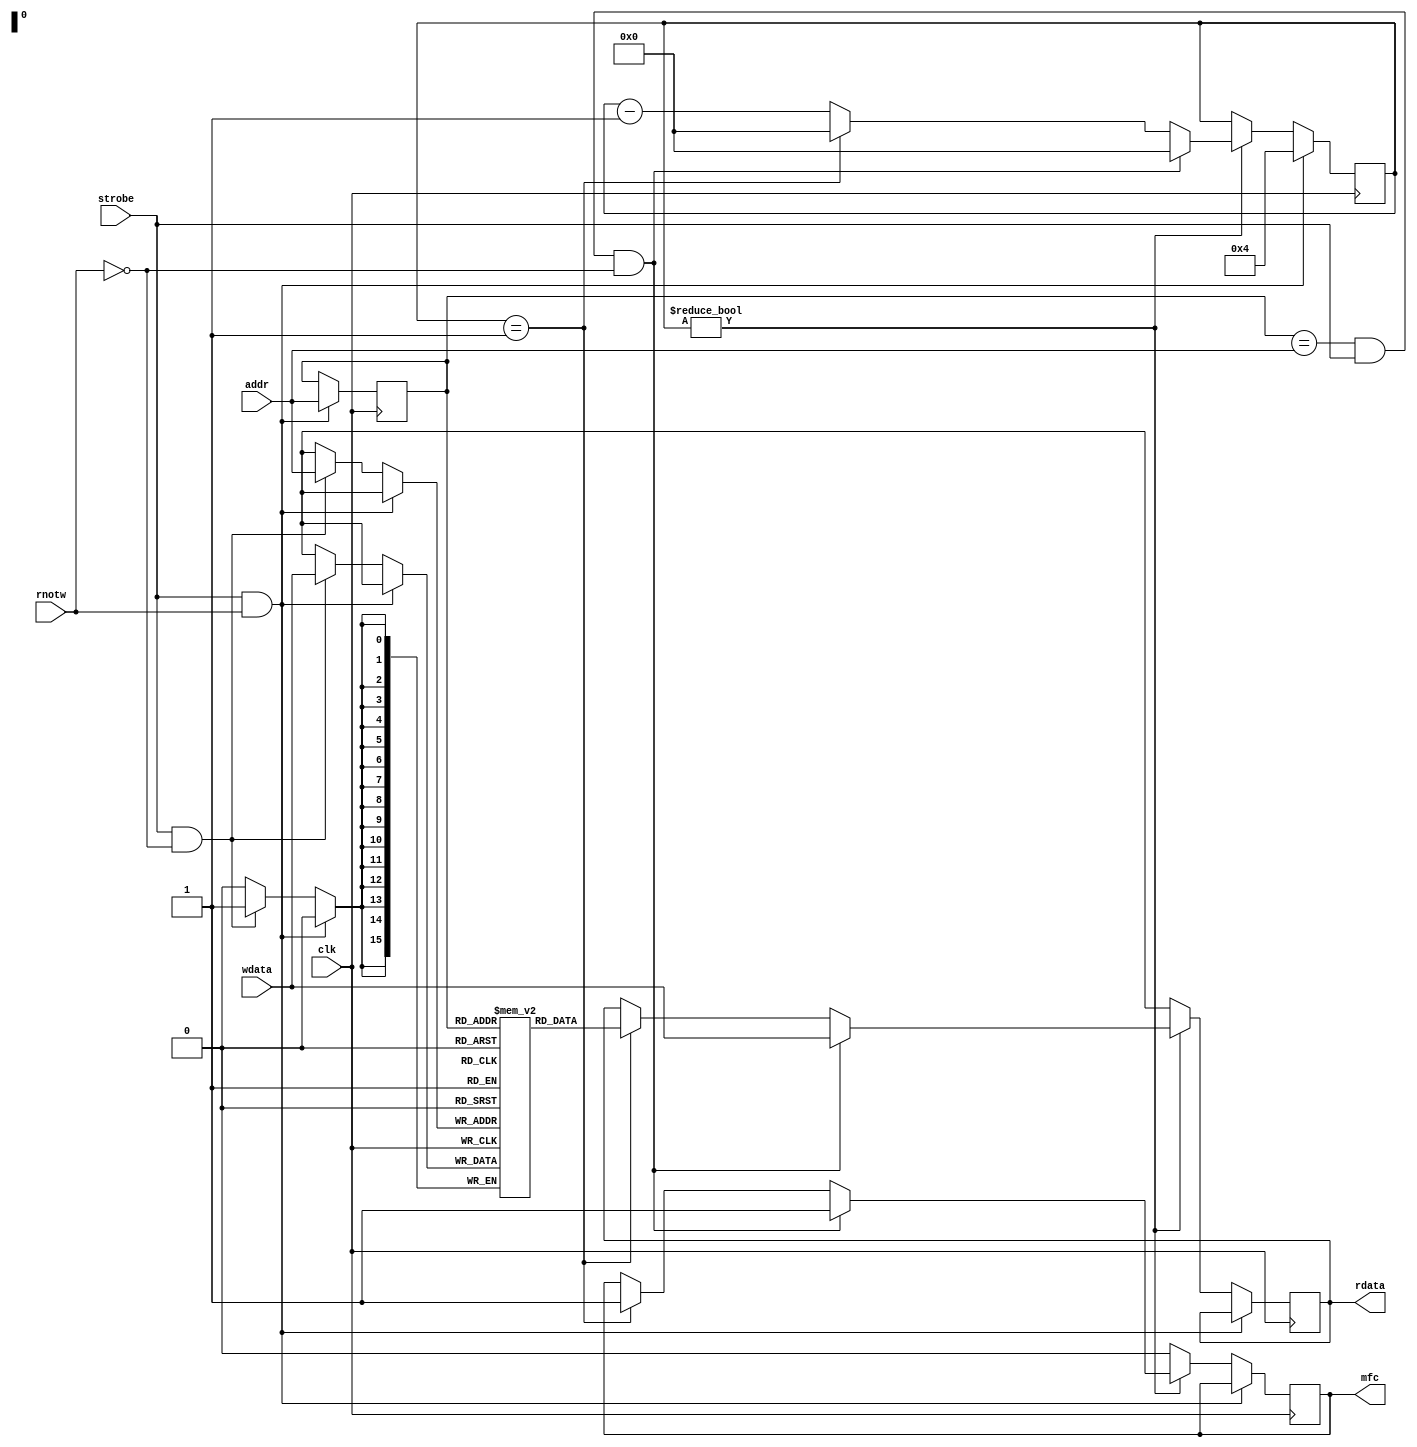
`define WORD [15:0]
`define MEMSIZE [65535:0]
`define MEMDELAY 4

module slowmem(mfc, rdata, addr, wdata, rnotw, strobe, clk);
output reg mfc;
output reg `WORD rdata;
input `WORD addr, wdata;
input rnotw, strobe, clk;
reg [7:0] pend;
reg `WORD raddr;
reg `WORD m `MEMSIZE;

initial begin
  pend <= 0;
  // put your memory initialization code here
end

always @(posedge clk) begin
  if (strobe && rnotw) begin
    // new read request
    raddr <= addr;
    pend <= `MEMDELAY;
  end else begin
    if (strobe && !rnotw) begin
      // do write
      m[addr] <= wdata;
    end

    // pending read?
    if (pend) begin
      // write satisfies pending read
      if ((raddr == addr) && strobe && !rnotw) begin
        rdata <= wdata;
        mfc <= 1;
        pend <= 0;
      end else if (pend == 1) begin
        // finally ready
        rdata <= m[raddr];
        mfc <= 1;
        pend <= 0;
      end else begin
        pend <= pend - 1;
      end
    end else begin
      // return invalid data
      rdata <= 16'hxxxx;
      mfc <= 0;
    end
  end
end
endmodule